Scottish Leaving Certificate Examination, 1953
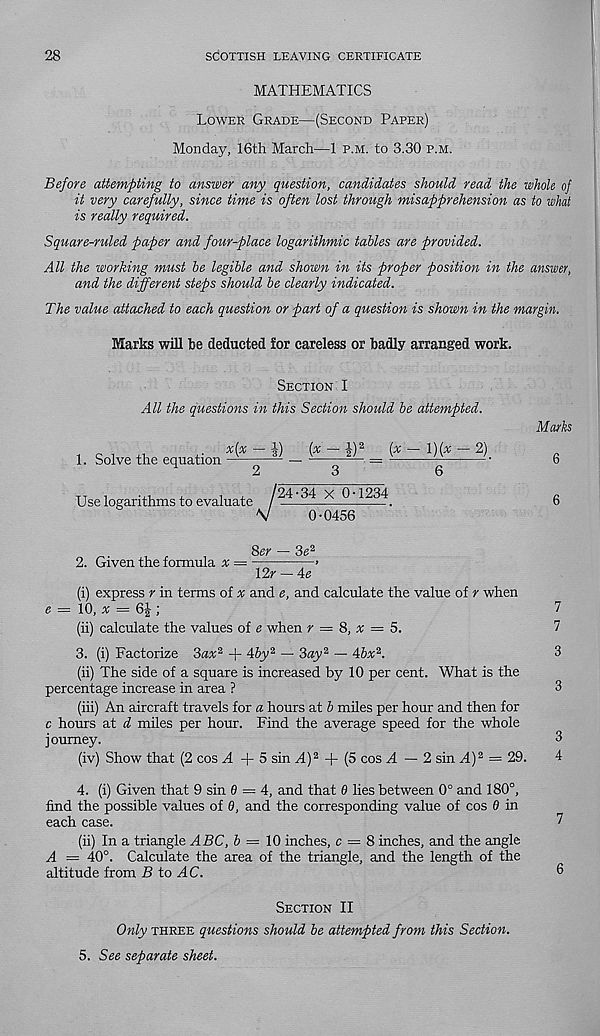
28
SCOTTISH LEAVING CERTIFICATE
MATHEMATICS
Lower Grade—(Second Paper)
Monday, 16th March—1 p.m. to 3.30 p.m.
Before attempting to answer any question, candidates should read the whole of
it very carefully, since time is often lost through misapprehension as to what
is really required.
Square-ruled paper and four-place logarithmic tables are provided.
All the working must be legible and shown in its proper position in the answer,
and the different steps should be clearly indicated.
The value attached to each question or part of a question is shown in the margin.
Marks will be deducted for careless or badly arranged work.
Section I
All the questions in this Section should be attempted.
1. Solve the equation
x{x — |)
{x — |) 2
{x—l)(x — 2)
Use logarithms to evaluate /24-34 X 0-
V
0-0456
1234
Marks
6
8er — 3e 2
2. Given the formula x =
>
12r — Ae
(i) express r in terms of * and e, and calculate the value of r when
e = 10, x = 6ff,
7
(ii) calculate the values of e when r = 8, x = 5.
7
3. (i) Factorize Sax 2 + 4by 2 — Say 2 — 4bx 2 .
3
(ii) The side of a square is increased by 10 per cent. What is the
percentage increase in area ?
3
(iii) An aircraft travels for a hours at b miles per hour and then for
c hours at d miles per hour. Find the average speed for the whole
journey.
3
(iv) Show that (2 cos A + 5 sin A) 2 + (5 cos A — 2 sin A) 2 = 29.
4
4. (i) Given that 9 sin 6 — 4, and that 6 lies between 0° and 180°,
find the possible values of 6, and the corresponding value of cos 0 in
each case.
7
(ii) In a triangle ABC, b = 10 inches, c = 8 inches, and the angle
A — 40°. Calculate the area of the triangle, and the length of the
altitude from B to AC.
®
Section II
Only three questions should be attempted from this Section.
5. See separate sheet.